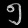
Digit: ၅